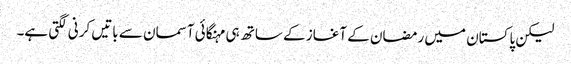
لیکن پاکستان میں رمضان کے آغاز کے ساتھ ہی مہنگائی آسمان سے باتیں کرنی لگتی ہے۔